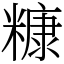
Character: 糠